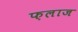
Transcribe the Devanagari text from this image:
फ़लाज